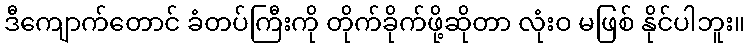
ဒီကျောက်တောင် ခံတပ်ကြီးကို တိုက်ခိုက်ဖို့ဆိုတာ လုံးဝ မဖြစ် နိုင်ပါဘူး။